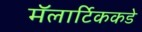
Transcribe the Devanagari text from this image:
मॅलार्टिककडे